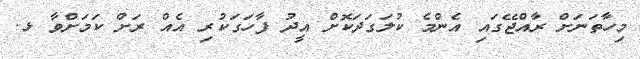
މިހާތަނަށް ރާއްޖޭގައި އެންމެ ކުލަގަދަކޮށް އީދު ފާހަގަކުރި އެއް ރަށް ކަމަށްވާ ޅ.